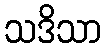
သဒိသာ